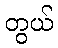
တွယ်